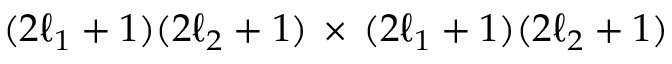
( 2 \ell _ { 1 } + 1 ) ( 2 \ell _ { 2 } + 1 ) \, \times \, ( 2 \ell _ { 1 } + 1 ) ( 2 \ell _ { 2 } + 1 )